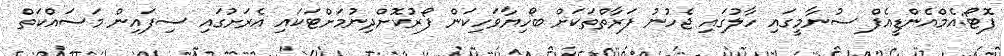
ފޮޓޯ:އެމްއެންޑީއެފް ސުނާމީގައި ހާލުގައި ޖެހުނު ފަރާތްތަކަށް ބޯހިޔާވަހިކަން ފޯރުކޮށްދިނުމަށްޓަކައި އެރަށުގައި ސިފައިން މަސައްކަތް